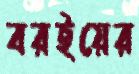
বরইয়ের